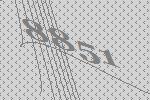
8851